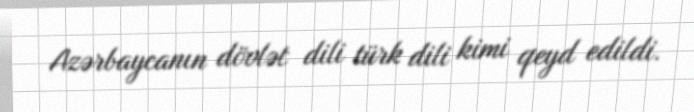
Azərbaycanın dövlət dili türk dili kimi qeyd edildi.